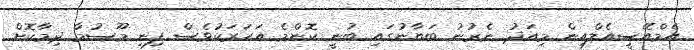
އެމްއޭސީއެލްއިން މިއަދު ނެރުނު ބަޔާނުގައި ބުނީ ކޮންމެ އަހަރަކުވެސް ފިނި މޫސުމާ ދިމާކޮށް